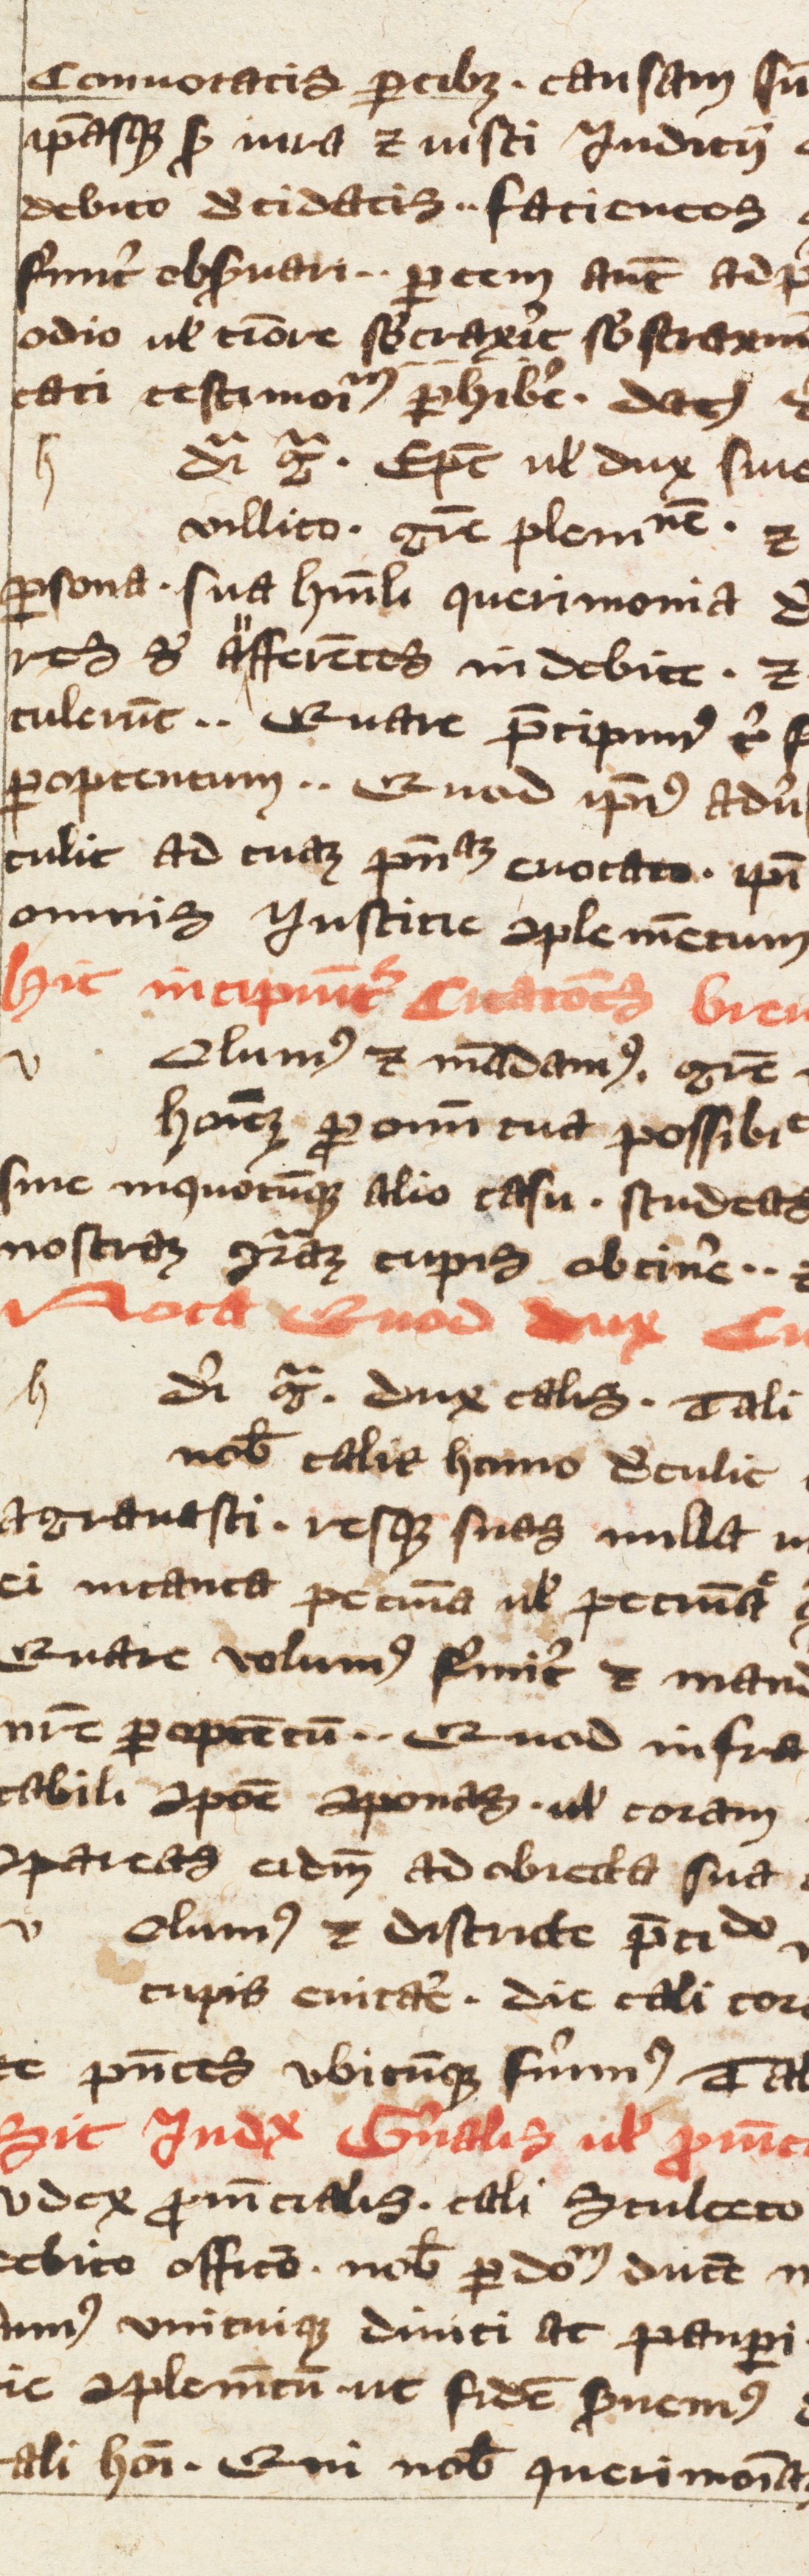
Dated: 1350–1399